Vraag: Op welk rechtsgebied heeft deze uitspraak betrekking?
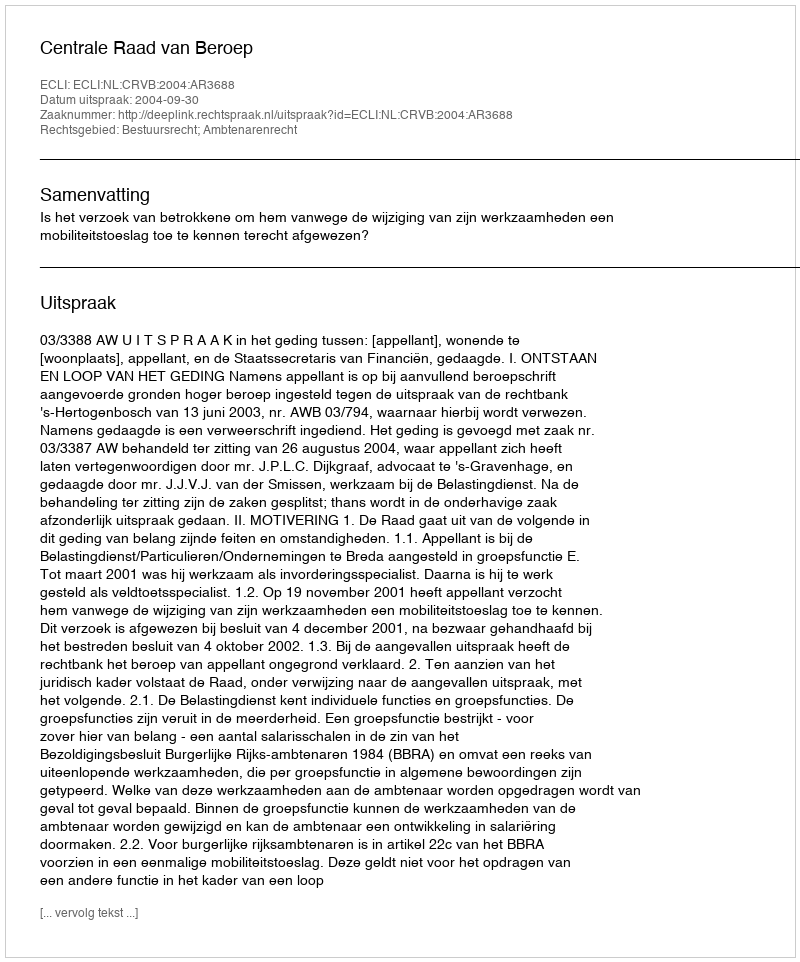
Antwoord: Bestuursrecht; Ambtenarenrecht